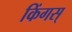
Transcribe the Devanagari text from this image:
किंगस्